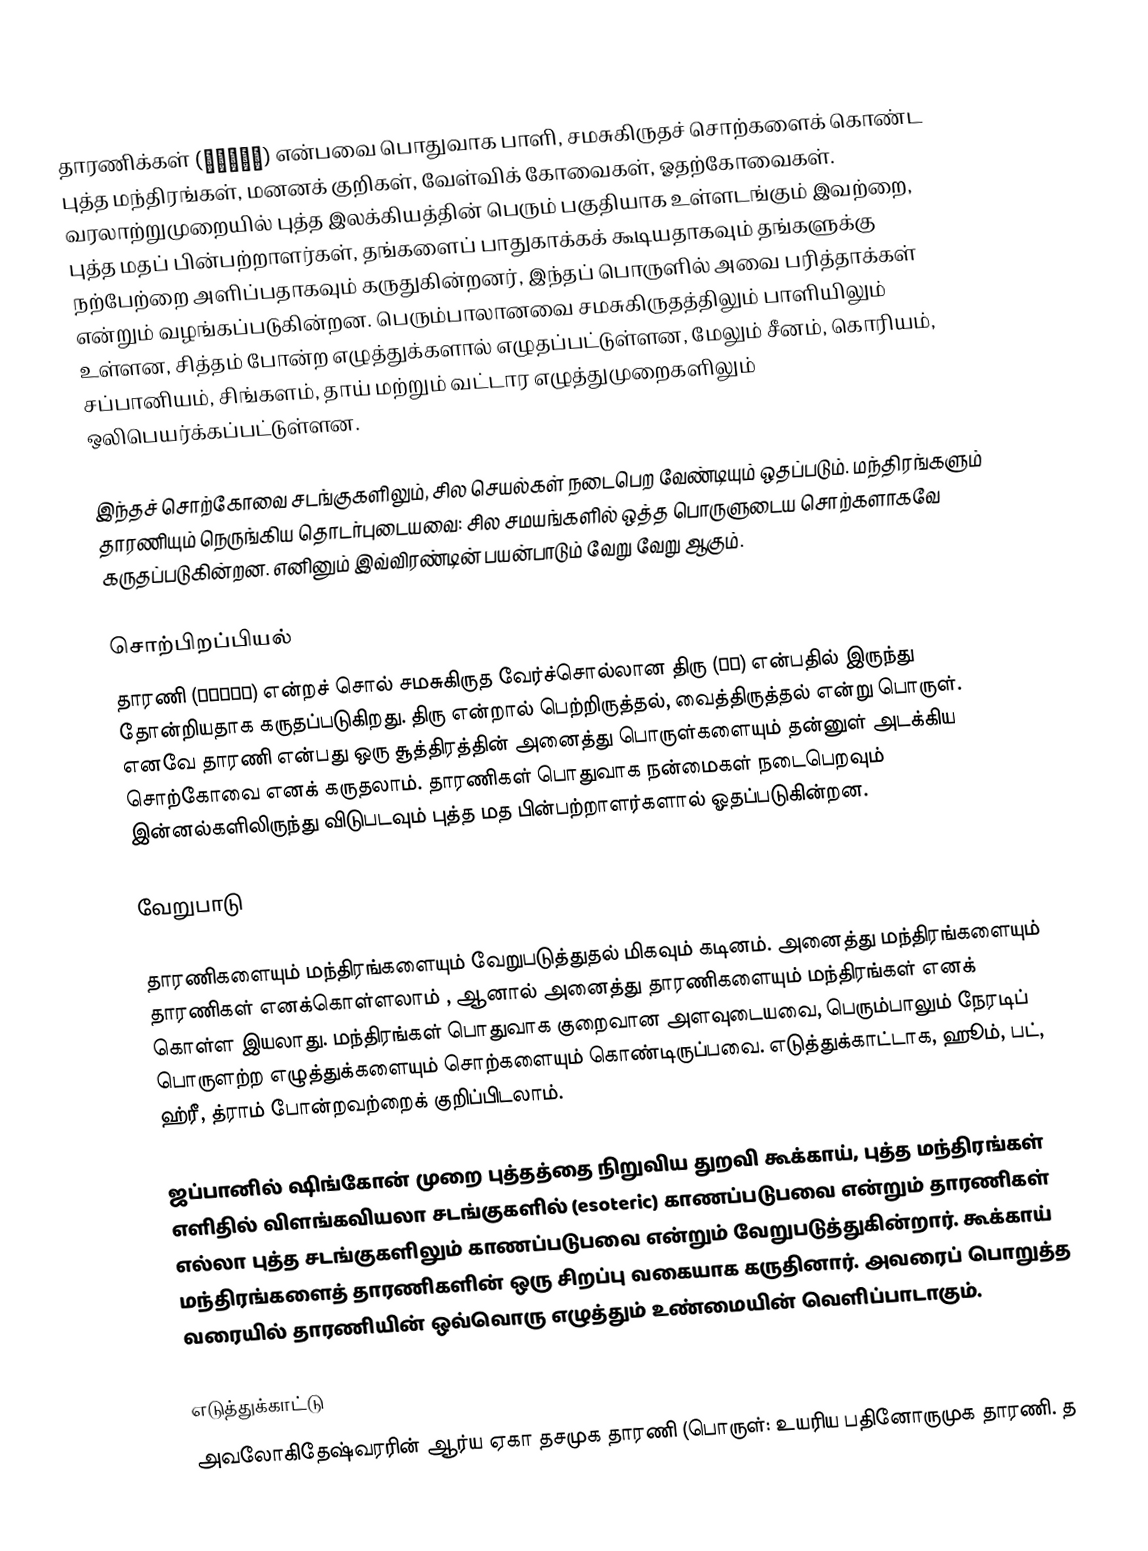
தாரணிக்கள் (धारणी) என்பவை பொதுவாக பாளி, சமசுகிருதச் சொற்களைக் கொண்ட புத்த மந்திரங்கள், மனனக் குறிகள், வேள்விக் கோவைகள், ஓதற்கோவைகள். வரலாற்றுமுறையில் புத்த இலக்கியத்தின் பெரும் பகுதியாக உள்ளடங்கும் இவற்றை, புத்த மதப் பின்பற்றாளர்கள், தங்களைப் பாதுகாக்கக் கூடியதாகவும் தங்களுக்கு நற்பேற்றை அளிப்பதாகவும் கருதுகின்றனர், இந்தப் பொருளில் அவை பரித்தாக்கள் என்றும் வழங்கப்படுகின்றன.  பெரும்பாலானவை சமசுகிருதத்திலும் பாளியிலும் உள்ளன, சித்தம் போன்ற எழுத்துக்களால் எழுதப்பட்டுள்ளன, மேலும் சீனம், கொரியம், சப்பானியம், சிங்களம், தாய் மற்றும் வட்டார எழுத்துமுறைகளிலும் ஒலிபெயர்க்கப்பட்டுள்ளன.

இந்தச் சொற்கோவை சடங்குகளிலும், சில செயல்கள் நடைபெற வேண்டியும் ஒதப்படும். மந்திரங்களும் தாரணியும் நெருங்கிய தொடர்புடையவை: சில சமயங்களில் ஒத்த பொருளுடைய சொற்களாகவே கருதப்படுகின்றன. எனினும் இவ்விரண்டின் பயன்பாடும் வேறு வேறு ஆகும்.

சொற்பிறப்பியல்
தாரணி (धारणी) என்றச் சொல் சமசுகிருத வேர்ச்சொல்லான திரு (धृ) என்பதில் இருந்து தோன்றியதாக கருதப்படுகிறது. திரு என்றால் பெற்றிருத்தல், வைத்திருத்தல் என்று பொருள். எனவே தாரணி என்பது ஒரு சூத்திரத்தின் அனைத்து பொருள்களையும் தன்னுள் அடக்கிய சொற்கோவை எனக் கருதலாம். தாரணிகள் பொதுவாக நன்மைகள் நடைபெறவும் இன்னல்களிலிருந்து விடுபடவும் புத்த மத பின்பற்றாளர்களால் ஓதப்படுகின்றன.

வேறுபாடு

தாரணிகளையும் மந்திரங்களையும் வேறுபடுத்துதல் மிகவும் கடினம். அனைத்து மந்திரங்களையும் தாரணிகள் எனக்கொள்ளலாம் , ஆனால் அனைத்து தாரணிகளையும் மந்திரங்கள் எனக் கொள்ள இயலாது. மந்திரங்கள் பொதுவாக குறைவான அளவுடையவை, பெரும்பாலும் நேரடிப் பொருளற்ற எழுத்துக்களையும் சொற்களையும் கொண்டிருப்பவை. எடுத்துக்காட்டாக, ஹூம், பட், ஹ்ரீ, த்ராம் போன்றவற்றைக் குறிப்பிடலாம்.

ஜப்பானில் ஷிங்கோன் முறை புத்தத்தை நிறுவிய துறவி கூக்காய், புத்த மந்திரங்கள் எளிதில் விளங்கவியலா சடங்குகளில் (esoteric) காணப்படுபவை என்றும் தாரணிகள் எல்லா புத்த சடங்குகளிலும் காணப்படுபவை என்றும் வேறுபடுத்துகின்றார். கூக்காய் மந்திரங்களைத் தாரணிகளின் ஒரு சிறப்பு வகையாக கருதினார். அவரைப் பொறுத்த வரையில் தாரணியின் ஒவ்வொரு எழுத்தும் உண்மையின் வெளிப்பாடாகும்.

எடுத்துக்காட்டு
அவலோகிதேஷ்வரரின் ஆர்ய ஏகா தசமுக தாரணி (பொருள்: உயரிய பதினோருமுக தாரணி. த